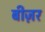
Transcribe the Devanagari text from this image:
बीज़र